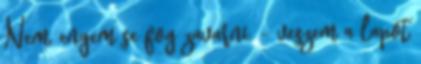
Nem, engem se fog zavarni. – veszem a lapot